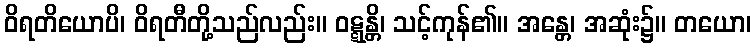
ဝိရတိယောပိ၊ ဝိရတီတို့သည်လည်း။ ဝဋ္ဋန္တိ၊ သင့်ကုန်၏။ အန္တေ၊ အဆုံး၌။ တယော၊